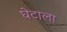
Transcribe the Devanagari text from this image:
घेटाला